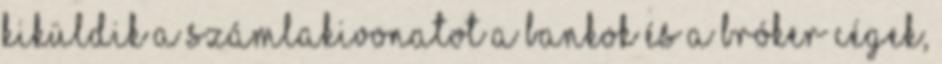
kiküldik a számlakivonatot a bankok és a bróker cégek,